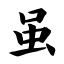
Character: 虽